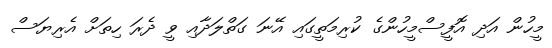
މީހުން އަދި އޮފީސްމީހުންގެ ކުރިމަތީގައި އޭނަ ގަތްލަދާއި ވީ ދެރަ ހިތަށް އެރިޔަސް